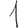
Digit: 1